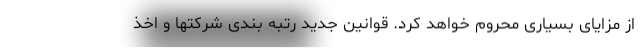
از مزایای بسیاری محروم خواهد کرد. قوانین جدید رتبه بندی شرکتها و اخذ